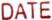
DATE